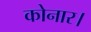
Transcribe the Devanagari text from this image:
कोनार।